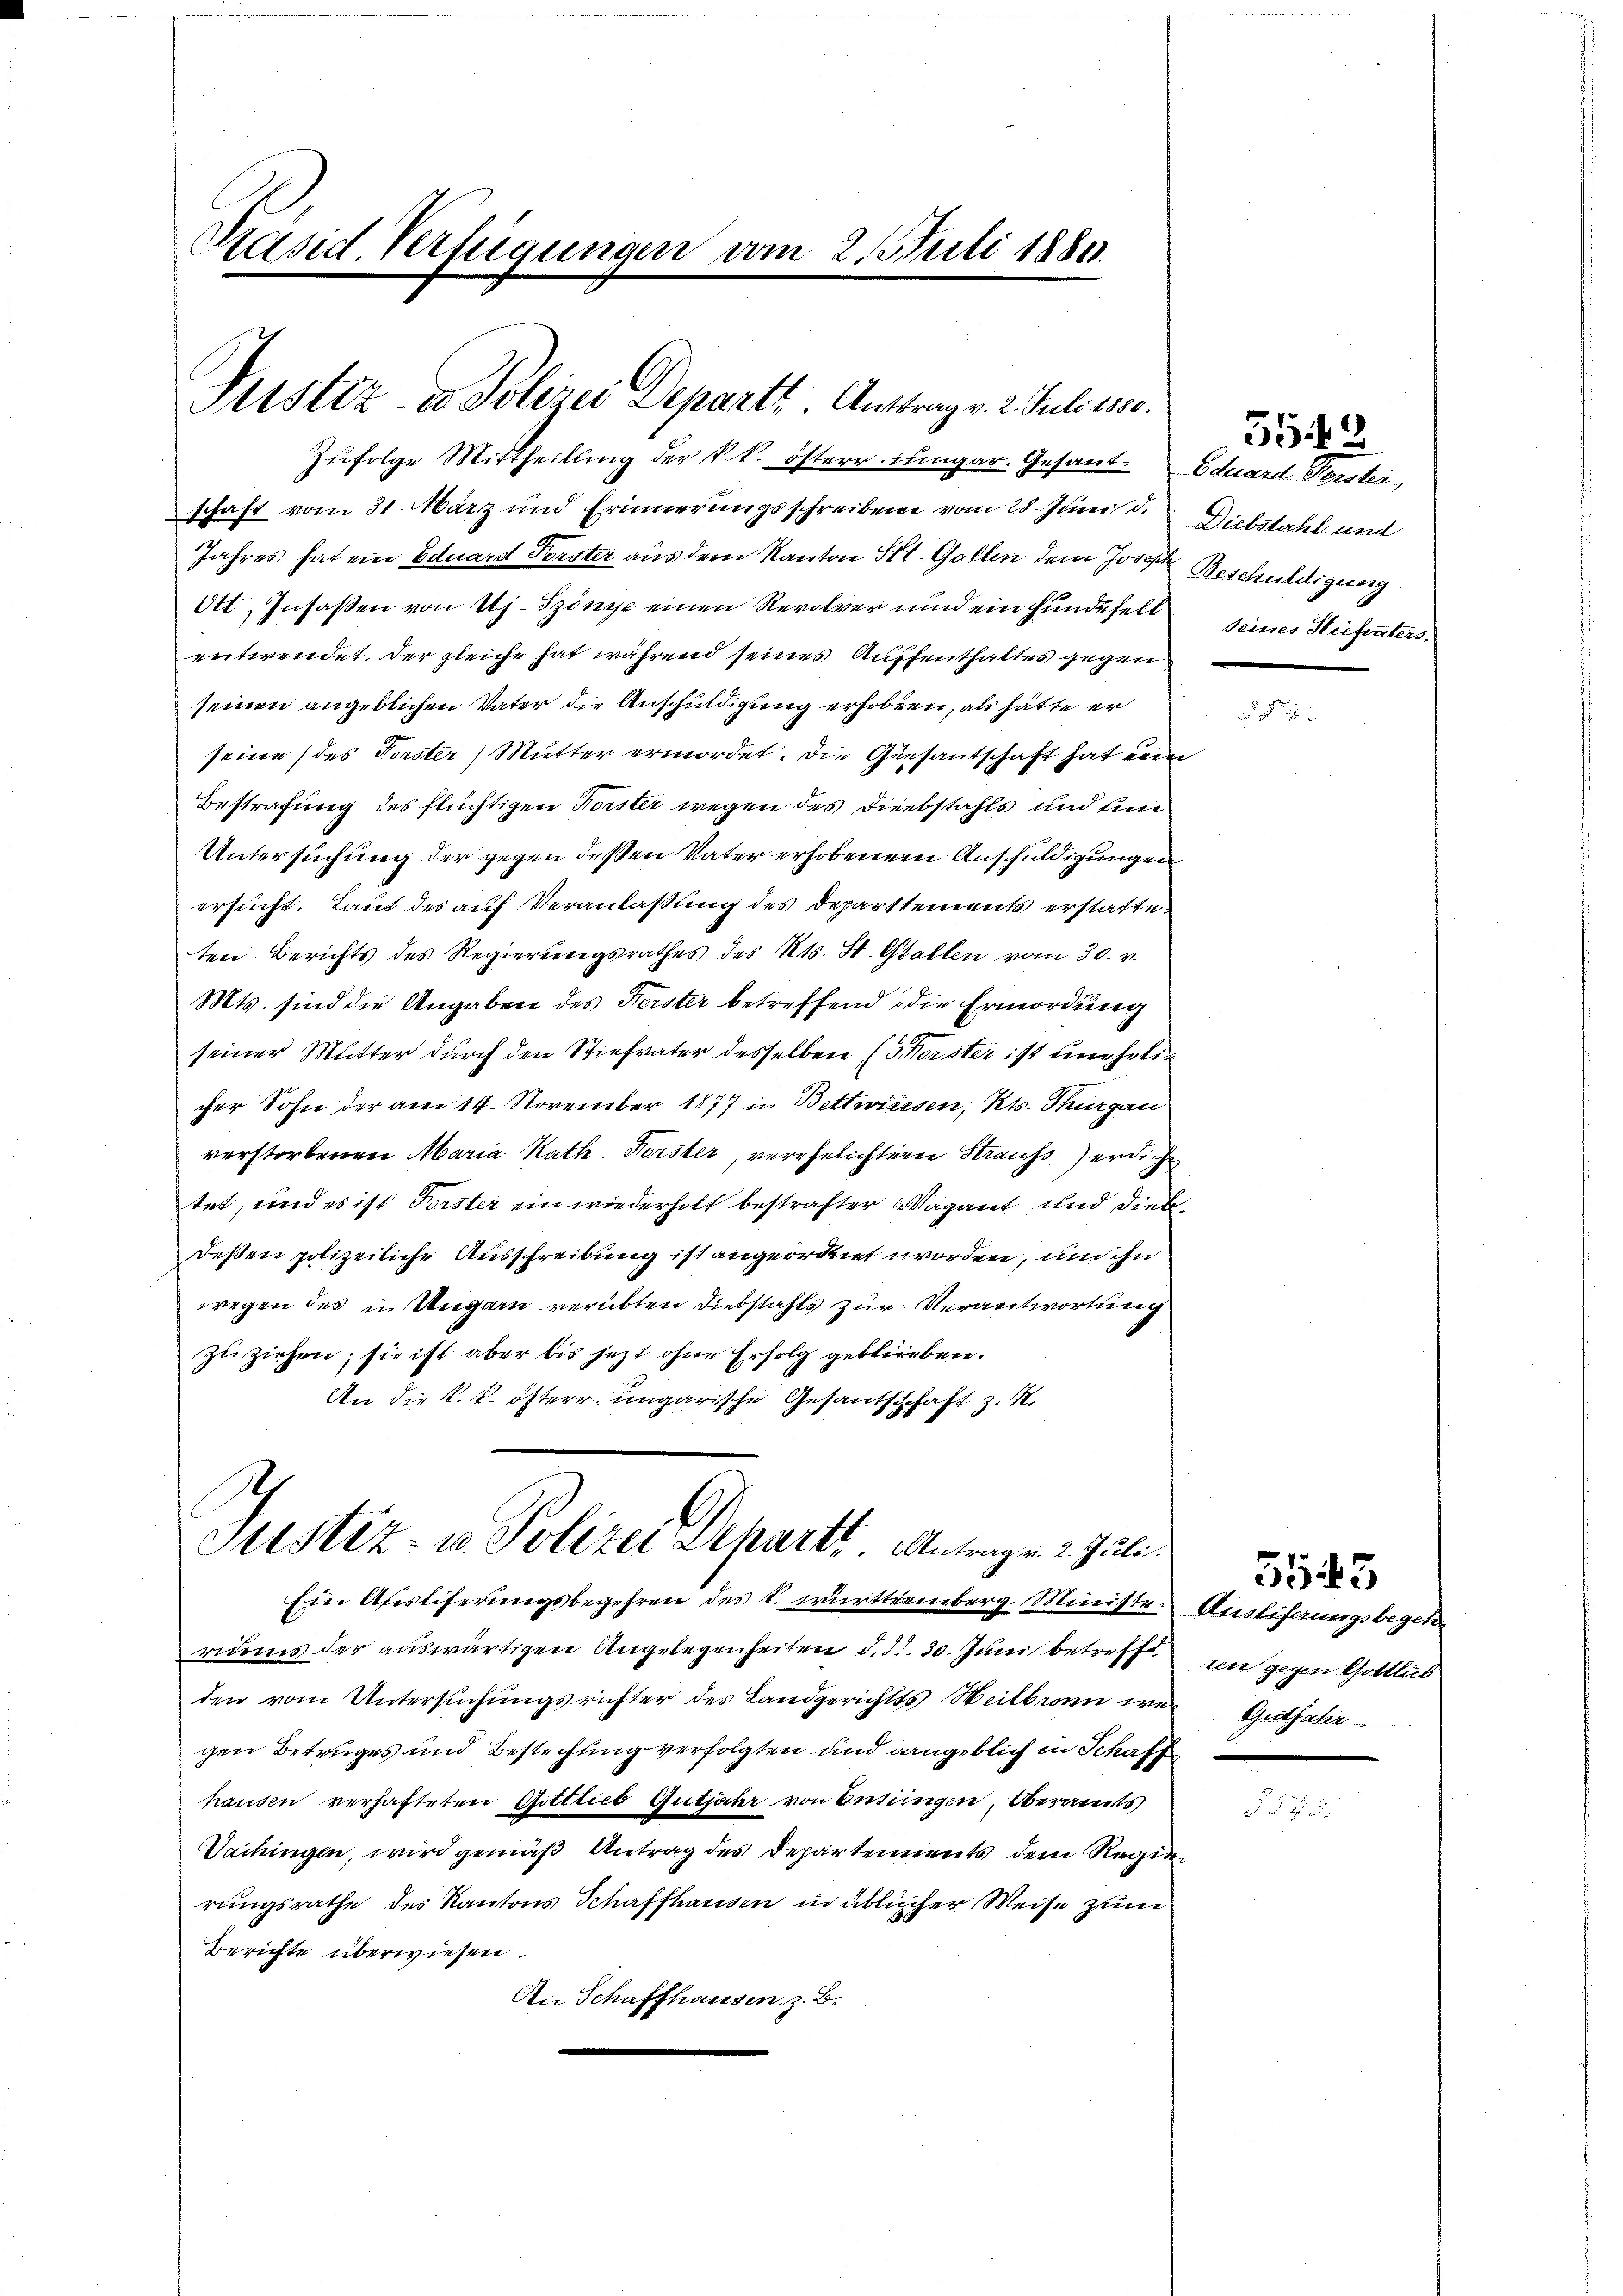
Päsid. Verfügungen vom 2. Juli 1881.

Justiz- u. Solerei Departt. Antrag v. 2. Juli 1880.

Zŭfolge Mittheilung der k. k. österr. ungar. Gesant- Eduard Forster,

schaft vom 31. März und Erinnerungsschreiben vom 28. Juni d. Diebstahl und
Jahres hat ein Eduard Forster aus dem Kanton St. Gallen dem Josef Beschüldigung
Ott, Insassen von Uj. Szönye einen Revolver und ein Hundesfell seines Stiefvaters.
entwendet. Der gleiche hat während seines Auffenthaltes gegen
seinen angeblichen Vater die Anschuldigung erhoben, als hätte er
seine (des Forster Mutter ermordet. Die Gesantschaft hat den
Bestrafung des flüchtigen Forster wegen des Diebstahls und un
Untersuchung der gegen deßen Vater erhobenem Anschuldigungen
ersucht. Laut des auf Veranlaßung des Departtements erstatteten. Berichts des Regierungsrathes des Kts. St. Gallen vom 30. v.
Mts. sind die Angaben des Ferster betreffend die Ermordung
seiner Mutter durch den Stiefvater desselben (Gerster ist unehelicher Sohn der am 14. November 1877 in Bettwissen, Kts. Thurgau
verstorbenen Maria Kath. Forster, verehelichter Strauss) erdicht
tet, und es ist Forster ein wiederholt bestrafter Vagant und diesdeßen polizeiliche Ausschreibung ist angeordnet worden, um ihn
wegen des in Ungarn verübten Diebstahls zur Verantwortung
zu ziehen; sie ist aber bis jezt ohne Erfolg geblieben.
An die k. k. österr. ungarische Gesandschaft z. K.

Justiz- & Polizei Departt. Antragen 2. Juli

Ein Ausliferungsbegehren des k. württemberg. Meiste Ausliserungsbegenriums der auswärtigen Angelegenheiten d. d. 30. Juni betreffen gegen Gottlieb
den vom Untersuchungsrichter des Landgerichtes Heilbronn war Guthaber
gen Betruges und Bestechung verfolgten und dangeblich in Schaff
hausen verhafteten Gottlieb Gutjahr von Entringen, Oberamts
Vaihingen, wird gemäß Antrag des Departements dem Regierungsrathe des Kantons Schaffhausen in üblicher Weise zum
Berichte überwiesen.
An Schaffhausen z. B.

5549

5545